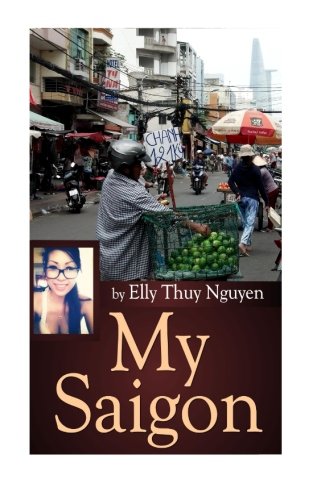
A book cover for My Saigon: The Local Guide to Ho Chi Minh City, Vietnam (Volume 1); Elly Thuy Nguyen; Travel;